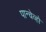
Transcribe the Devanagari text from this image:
पान्चेव्हो